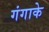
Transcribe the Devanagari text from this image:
गंगाके